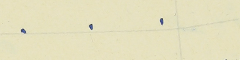
.    .    .